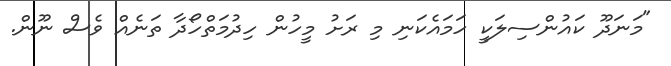
"މަނަދޫ ކައުންސިލަކީ ހަމައެކަނި މި ރަށު މީހުން ހިދުމަތްހޯދާ ތަނެއް ވެސް ނޫން.